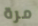
مرة